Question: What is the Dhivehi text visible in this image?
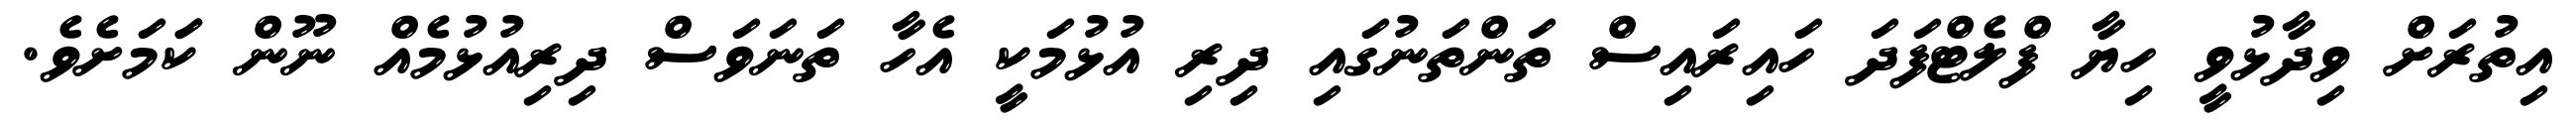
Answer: އިތުރަށް ވިދާޅުވީ ހިޔާ ފްލެޓްފަދަ ހައިރައިސް ތަންތަނުގައި ދިރި އުޅުމަކީ އެހާ ތަނަވަސް ދިރިއުޅުމެއް ނޫން ކަަމަށެވެ.